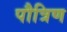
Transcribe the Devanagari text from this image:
पौत्रिण